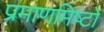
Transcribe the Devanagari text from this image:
प्रमाणमिष्टो